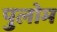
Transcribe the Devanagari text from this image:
पुलोम